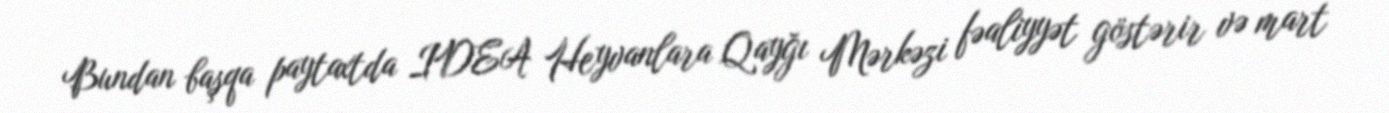
Bundan başqa paytaxtda IDEA Heyvanlara Qayğı Mərkəzi fəaliyyət göstərir və mart